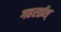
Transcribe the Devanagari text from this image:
गहराईश्